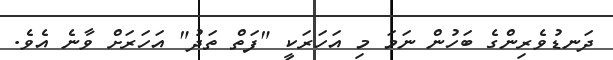
ދަނޑުވެރިންގެ ބަހުން ނަމަ މި އަހަރަކީ "ފަތް ތަދު" އަހަރަށް ވާނެ އެވެ.